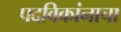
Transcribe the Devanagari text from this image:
पदविकांनाचा